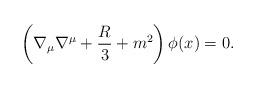
\begin{align*}\left( \nabla_{\mu} \nabla^{\mu} + \frac{R}{3} + m^2 \right) \phi (x)= 0.\end{align*}